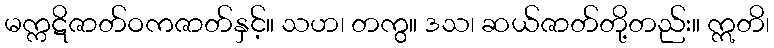
မက္ကဋိဇာတ်ဝကဇာတ်နှင့်။ သဟ၊ တကွ။ ဒသ၊ ဆယ်ဇာတ်တို့တည်း။ ဣတိ၊